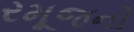
રમૂજનો